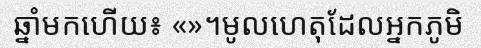
ឆ្នាំមកហើយ៖ «»។មូលហេតុដែលអ្នកភូមិ